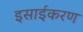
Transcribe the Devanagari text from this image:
इसाईकरण